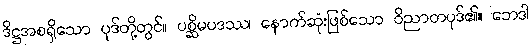
ဒိဋ္ဌအစရှိသော ပုဒ်တို့တွင်။ ပစ္ဆိမပဒဿ၊ နောက်ဆုံးဖြစ်သော ဝိညာတပုဒ်၏။ ဘေဒါ